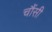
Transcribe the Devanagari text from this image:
चौंसी